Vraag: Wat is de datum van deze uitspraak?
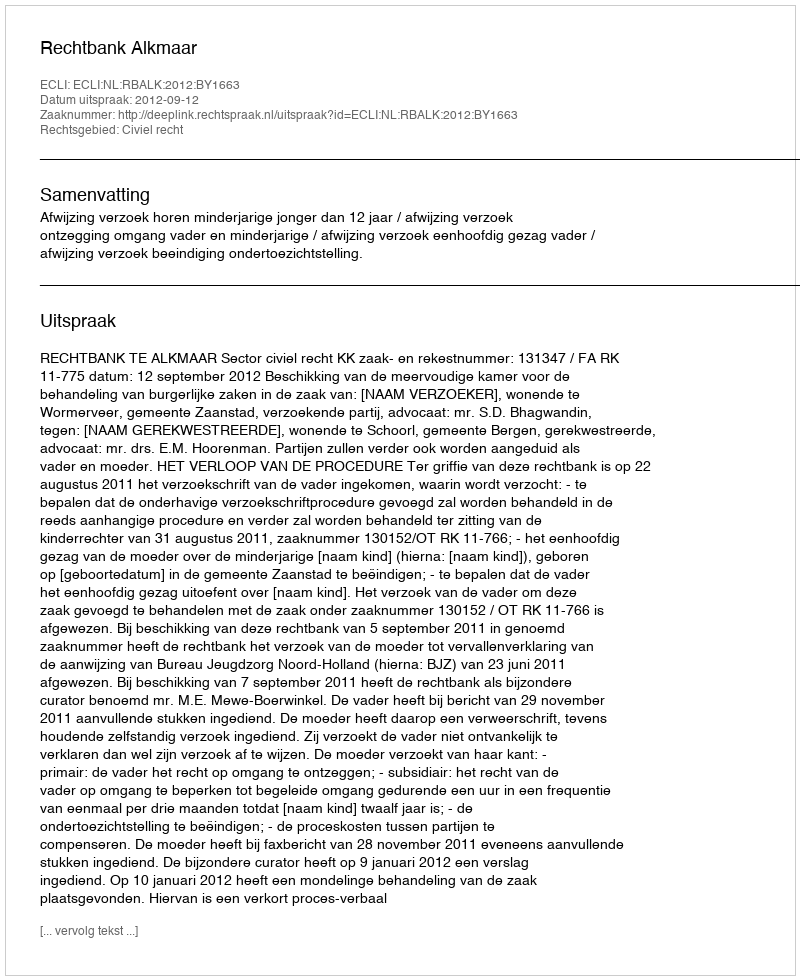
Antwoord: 2012-09-12